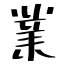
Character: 業